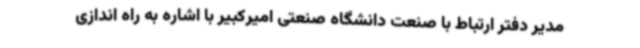
مدیر دفتر ارتباط با صنعت دانشگاه صنعتی امیرکبیر با اشاره به راه اندازی